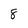
Character: 8